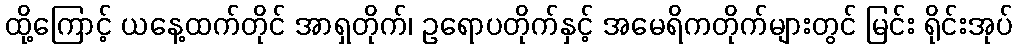
ထို့ကြောင့် ယနေ့ထက်တိုင် အာရှတိုက်၊ ဥရောပတိုက်နှင့် အမေရိကတိုက်များတွင် မြင်း ရိုင်းအုပ်